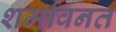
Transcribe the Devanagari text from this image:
शर्मावनत